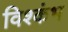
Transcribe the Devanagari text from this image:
विश्कंभ